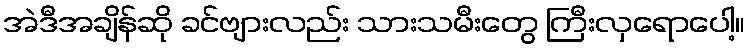
အဲဒီအချိန်ဆို ခင်ဗျားလည်း သားသမီးတွေ ကြီးလှရောပေါ့။